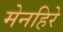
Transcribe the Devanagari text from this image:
मेनहिरे